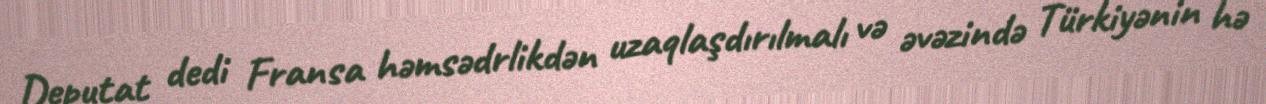
Deputat dedi Fransa həmsədrlikdən uzaqlaşdırılmalı və əvəzində Türkiyənin hə